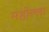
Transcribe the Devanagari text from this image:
महोल्ला